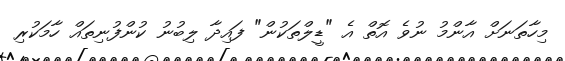
މިހާތަނަށް އާންމު ނުވެ އޮތް އެ "ޑީލްތަކުން" ފައިދާ ލިބުނު ކުންފުނިތައް ހާމަކުރި